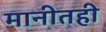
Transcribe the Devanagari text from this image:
मानीतही